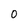
Character: 0